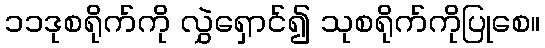
၁၁ဒုစရိုက်ကို လွှဲရှောင်၍ သုစရိုက်ကိုပြုစေ။